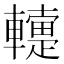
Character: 䡹